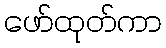
ဖော်ထုတ်ကာ